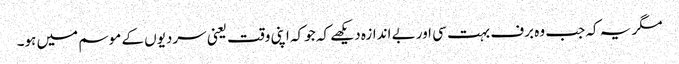
مگر یہ کہ جب وہ برف بہت سی اور بے اندازہ دیکھے کہ جو کہ اپنی وقت یعنی سردیوں کے موسم میں ہو۔